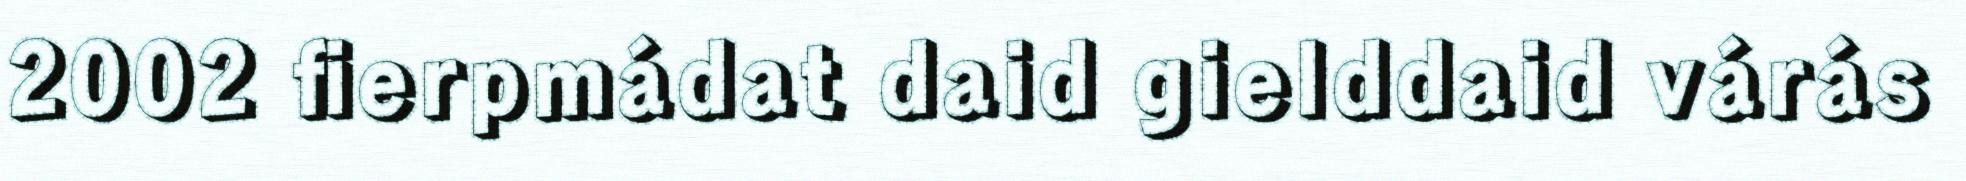
2002 fierpmádat daid gielddaid várás